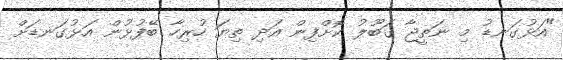
"އަޅުގަނޑު މި ނަތީޖާ ގަބޫލު ކޮށްފިން އަދި ތިޔަ ހުރިހާ ބޭފުޅުން އަޅުގަނޑަށް